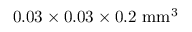
0 . 0 3 \times 0 . 0 3 \times 0 . 2 ~ \mathrm { m m } ^ { 3 }